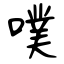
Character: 噗